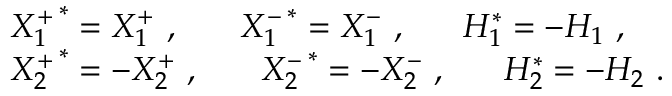
\begin{array} { l } { { \left. X _ { 1 } ^ { + } \right. ^ { * } = X _ { 1 } ^ { + } ~ , ~ ~ ~ ~ ~ \left. X _ { 1 } ^ { - } \right. ^ { * } = X _ { 1 } ^ { - } ~ , ~ ~ ~ ~ ~ H _ { 1 } ^ { * } = - H _ { 1 } ~ , } } \\ { { \left. X _ { 2 } ^ { + } \right. ^ { * } = - X _ { 2 } ^ { + } ~ , ~ ~ ~ ~ ~ \left. X _ { 2 } ^ { - } \right. ^ { * } = - X _ { 2 } ^ { - } ~ , ~ ~ ~ ~ ~ H _ { 2 } ^ { * } = - H _ { 2 } ~ . } } \end{array}